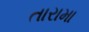
તારામા